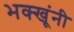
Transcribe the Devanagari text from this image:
भक्खूंनी